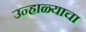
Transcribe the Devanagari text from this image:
उन्हाळ्याचा